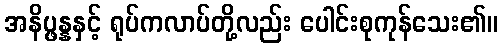
အနိပ္ဖန္နနှင့် ရုပ်ကလာပ်တို့လည်း ပေါင်းစုကုန်သေး၏။